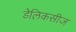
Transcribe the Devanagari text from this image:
डेलिकसीज